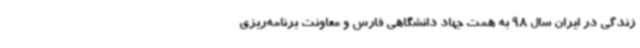
زندگی در ایران سال 98 به همت جهاد دانشگاهی فارس و معاونت برنامه‌ریزی